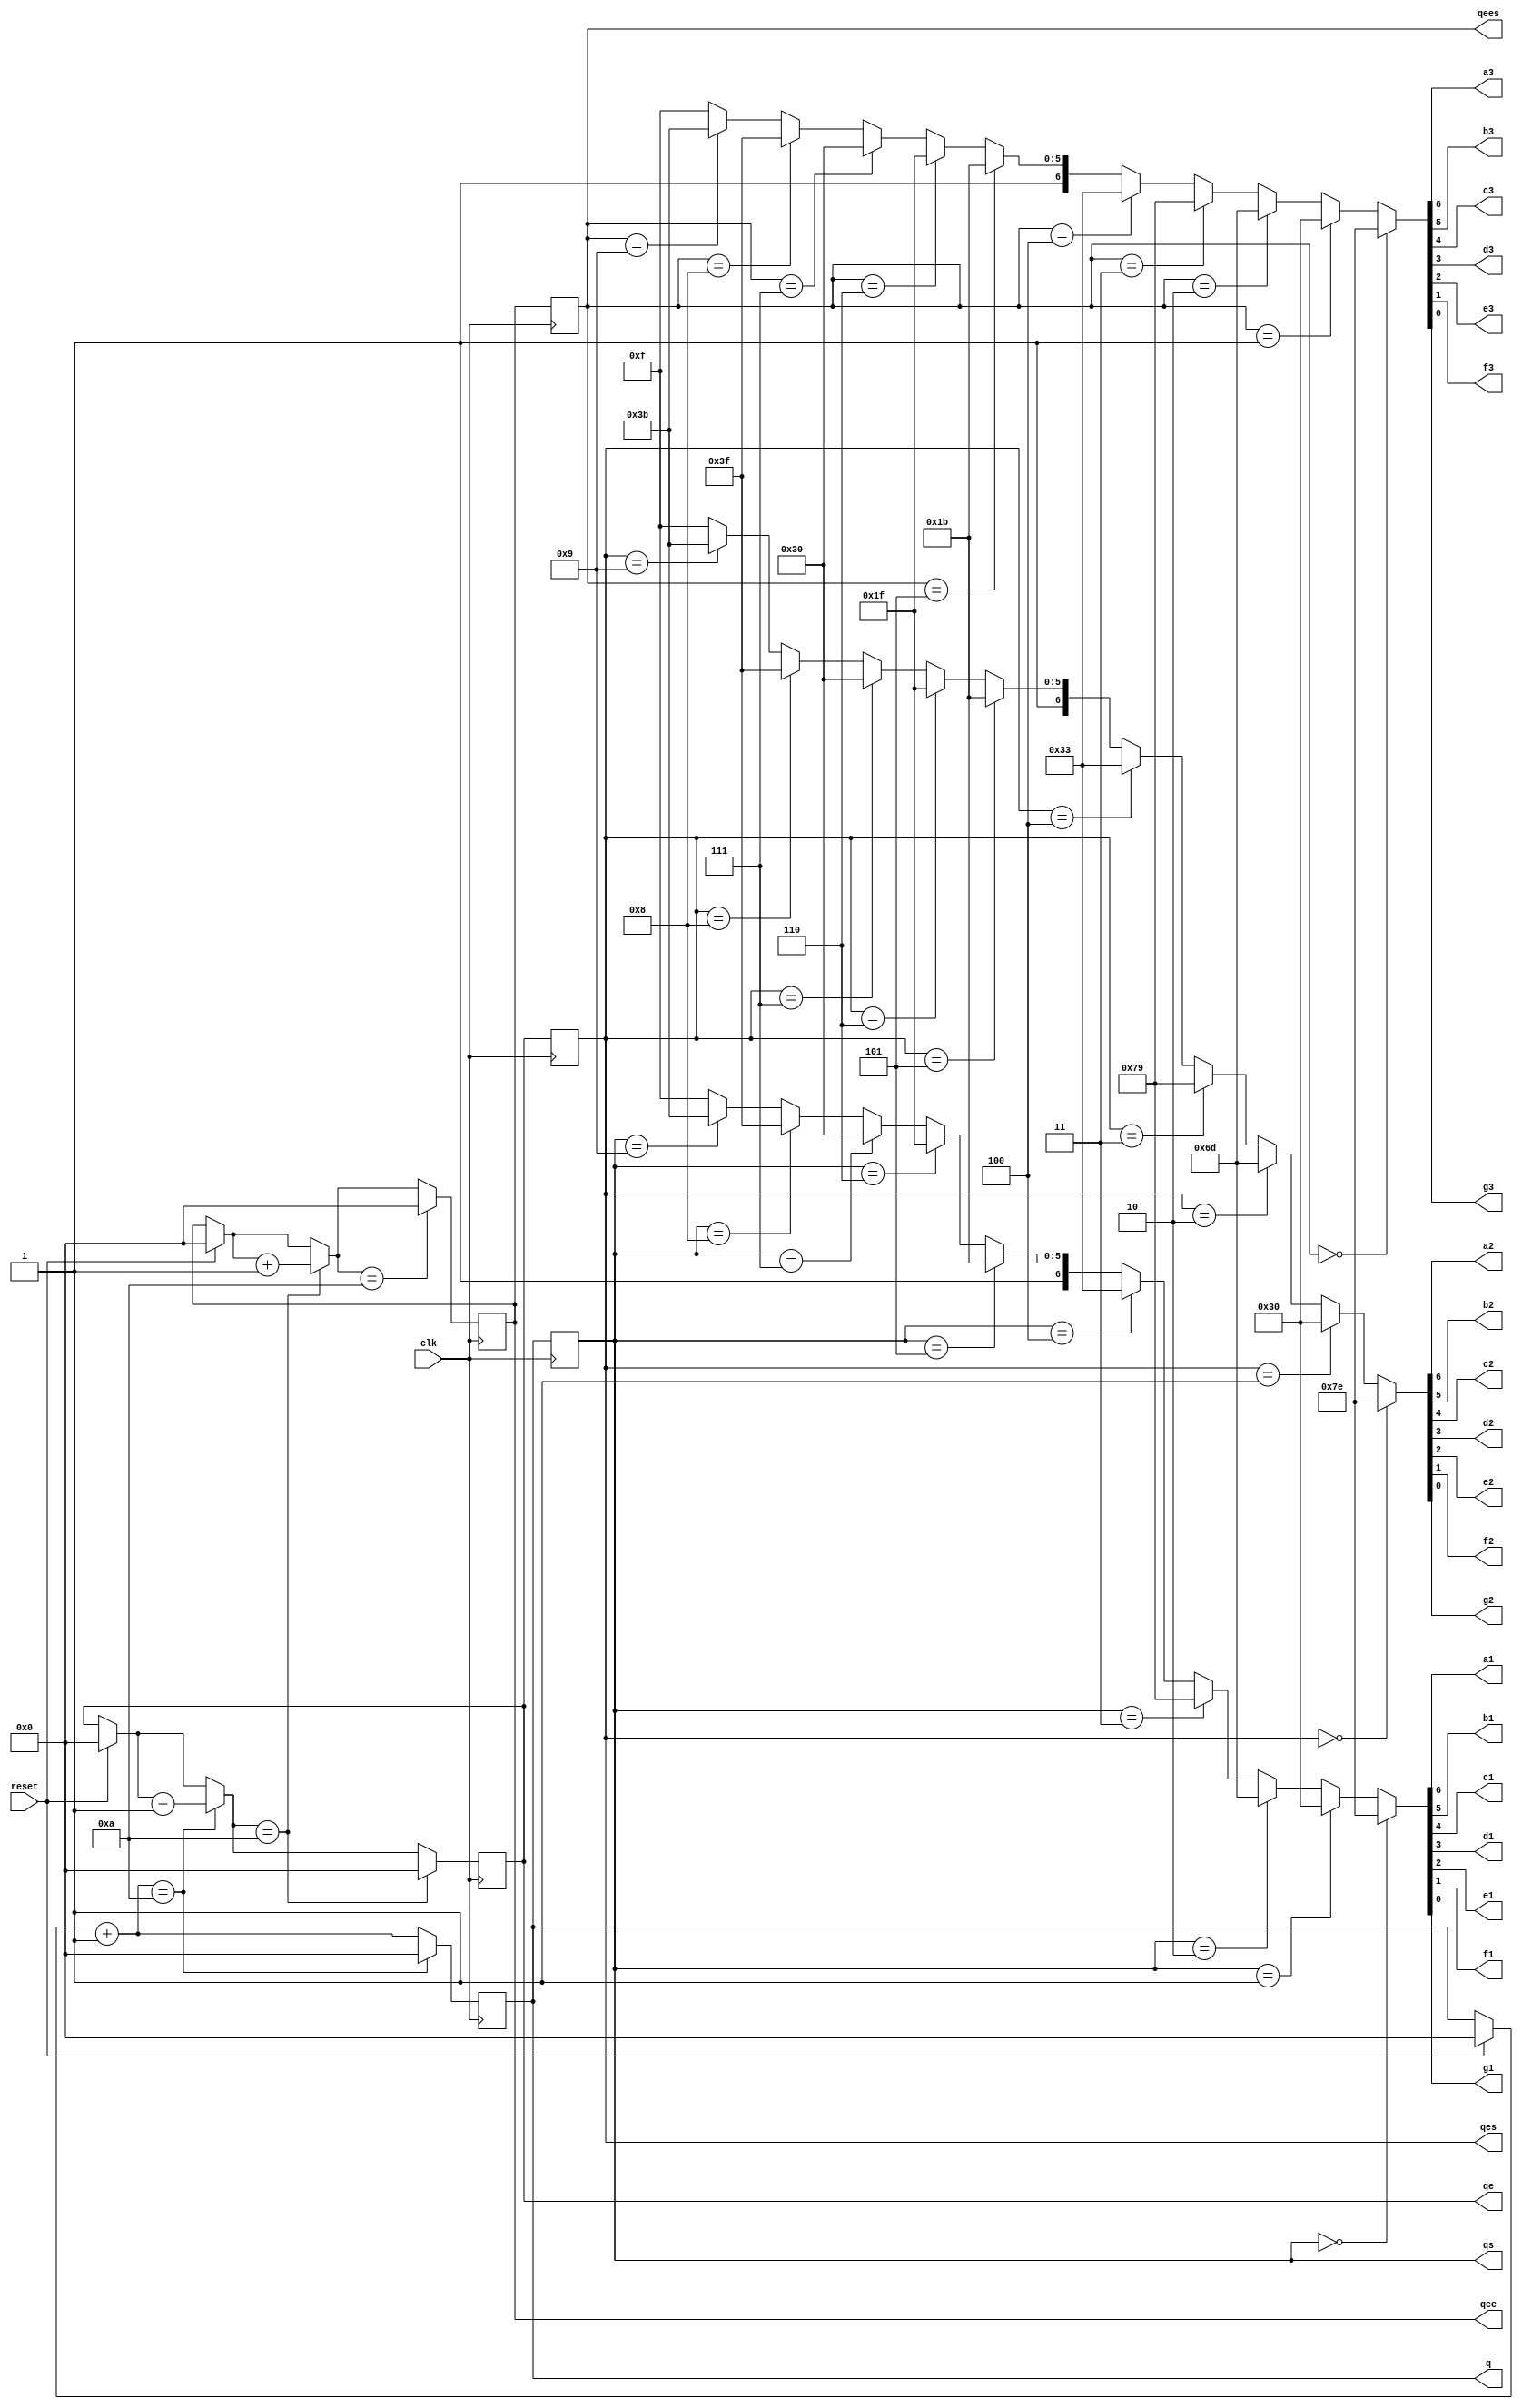
// Trabalho de Sistemas Digitais - Contador BCD em Verilog
// Autores: Arthur Breno dos Reis Paula
//			Carlos Nery Ribeiro
//			Felipe Cecato
//			Fernando Clarindo Cristovao
//			Gabriel Ribeiro Rodrigues Dessotti
//			Pedro Manicardi Soares					
// SEL0628 - Sistemas Digitais - USP

module contador4b(clk, reset, q, qe, qee, qs, qes, qees, a1, b1, c1, d1, e1, f1, g1, a2, b2, c2, d2, e2, f2, g2, a3, b3, c3, d3, e3, f3, g3);
// Entradas do circuito
  input clk;
  input reset;
 
// Saidas do circuito
// As variaveis q e qs referem-se ao primeiro digito, qe e qes ao segundo e qee e qees ao terceiro, contando da direita para esquerda
  output reg[3:0] q;
  output reg[3:0] qe;
  output reg[3:0] qee;
  output reg[3:0] qs;
  output reg[3:0] qes;
  output reg[3:0] qees;
  output a1, b1, c1, d1, e1, f1, g1;
  output a2, b2, c2, d2, e2, f2, g2;
  output a3, b3, c3, d3, e3, f3, g3;

// As variaveis sao todas inicializadas com o valor 0 em binario de 4 bits
  initial begin
    q = 4'b0000;
    qe = 4'b0000;
    qee = 4'b0000;
  end
  
// Bloco de funcionamento do contador de 4 bits
  always @(posedge clk) begin

    // Botao de reset que zera todos os digitos
    if (reset) begin
      	q = 4'b0000;
    	qe = 4'b0000;
    	qee = 4'b0000;
    end
    
    // Inicializa a contagem do primeiro digito
      q = q + 4'b0001;

    // Quando chega em um numero da forma xx9, o primeiro digito zera e soma 1 no segundo digito
      if (q == 4'b1010) begin
        q = 4'b0000;
        qe = qe + 4'b0001;
      end

    // Quando chega em um numero da forma x99, o segundo digito zera e soma 1 no terceiro digito
      if (qe == 4'b1010) begin
        qe = 4'b0000;
        qee = qee + 4'b0001;
      end

    // Quando chega no 999, o terceiro digito zera
      if (qee == 4'b1010) begin
        qee = 4'b0000;
      end   
  end
  
  // Bloco de funcionamento do registrador de 4 bits
  // O registrador armazena os valores das saidas dos 3 digitos do contador 
  always @(posedge clk) begin
    qs <= q;
    qes <= qe;
    qees <= qee;
  end
  
  
  // Bloco de funcionamento do decodificador BCD de 7 segmentos
  // O decodificar recebe as variaveis armazenadas no registrador e as trasnforma no formato de 7 segmentos para cada um do tres digitos
  
  assign {a1, b1, c1, d1, e1, f1, g1} = ( qs == 4'b0000 ) ? 7'b1111110 : //representacao do 0
                                        ( qs == 4'b0001 ) ? 7'b0110000 : // representacao do 1
                                        ( qs == 4'b0010 ) ? 7'b1101101 : //representacao do 2
                                        ( qs == 4'b0011 ) ? 7'b1111001 : //representacao do 3
                                        ( qs == 4'b0100 ) ? 7'b0110011 : //representacao do 4
                                        ( qs == 4'b0101 ) ? 7'b1011011 : //representacao do 5
                                        ( qs == 4'b0110 ) ? 7'b1011111 : //representacao do 6
                                        ( qs == 4'b0111 ) ? 7'b1110000 : //representacao do 7
                                        ( qs == 4'b1000 ) ? 7'b1111111 : //representacao do 8
                                        ( qs == 4'b1001 ) ? 7'b1111011 : //representacao do 9
													7'b1001111 ; // em caso de algum erro no sistema
  
  // As transformacoes sao analogas para os demais digitos
  
    assign {a2, b2, c2, d2, e2, f2, g2} = ( qes == 4'b0000 ) ? 7'b1111110 : 
                                          ( qes == 4'b0001 ) ? 7'b0110000 : 
                                          ( qes == 4'b0010 ) ? 7'b1101101 : 
                                          ( qes == 4'b0011 ) ? 7'b1111001 : 
                                          ( qes == 4'b0100 ) ? 7'b0110011 : 
                                          ( qes == 4'b0101 ) ? 7'b1011011 : 
                                          ( qes == 4'b0110 ) ? 7'b1011111 : 
                                          ( qes == 4'b0111 ) ? 7'b1110000 : 
                                          ( qes == 4'b1000 ) ? 7'b1111111 : 
                                          ( qes == 4'b1001 ) ? 7'b1111011 : 
													7'b1001111 ; 
  
    assign {a3, b3, c3, d3, e3, f3, g3} = ( qees == 4'b0000 ) ? 7'b1111110 : 
                                          ( qees == 4'b0001 ) ? 7'b0110000 : 
                                          ( qees == 4'b0010 ) ? 7'b1101101 : 
                                          ( qees == 4'b0011 ) ? 7'b1111001 : 
                                          ( qees == 4'b0100 ) ? 7'b0110011 : 
                                          ( qees == 4'b0101 ) ? 7'b1011011 : 
                                          ( qees == 4'b0110 ) ? 7'b1011111 : 
                                          ( qees == 4'b0111 ) ? 7'b1110000 : 
                                          ( qees == 4'b1000 ) ? 7'b1111111 : 
                                          ( qees == 4'b1001 ) ? 7'b1111011 : 
													7'b1001111 ; 
endmodule